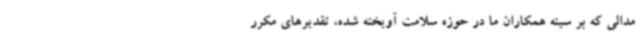
مدالی که بر سینه همکاران ما در حوزه سلامت آویخته شده، تقدیرهای مکرر